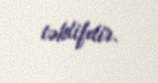
təklifdir.